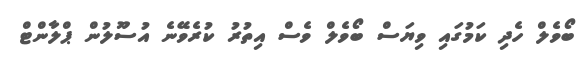
ބޯވެލް ހެދި ކަމުގައި ވިޔަސް ބޯވެލް ވެސް އިތުރު ކުރެވޭނެ އުސޫލުން ޕްލާންޓް